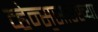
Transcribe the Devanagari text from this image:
व्हेन्स॒सारख्या